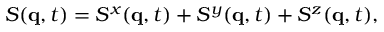
S ( \mathbf { q } , t ) = S ^ { x } ( \mathbf { q } , t ) + S ^ { y } ( \mathbf { q } , t ) + S ^ { z } ( \mathbf { q } , t ) ,